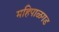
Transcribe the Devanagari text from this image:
महिपाळगड